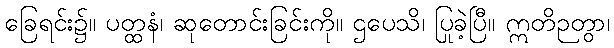
ခြေရင်း၌။ ပတ္ထနံ၊ ဆုတောင်းခြင်းကို။ ဌပေသိ၊ ပြုခဲ့ပြီ။ ဣတိဉတွာ၊